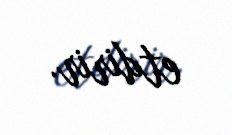
etdirir.